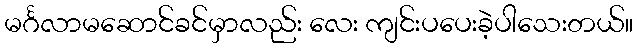
မင်္ဂလာမဆောင်ခင်မှာလည်း လေး ကျင်းပပေးခဲ့ပါသေးတယ်။